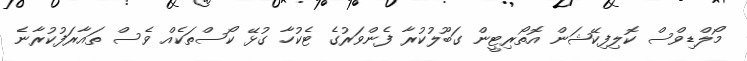
މޯލްޑިވްސް ކޮލިފިކޭޝަން އޮތޯރިޓީން ގަބޫލުކުރާ ފެންވަރުގެ ޓެކުހާ ގުޅޭ ކޯސްތަކެއް ވެސް ތައާރަފުކުރާނެ